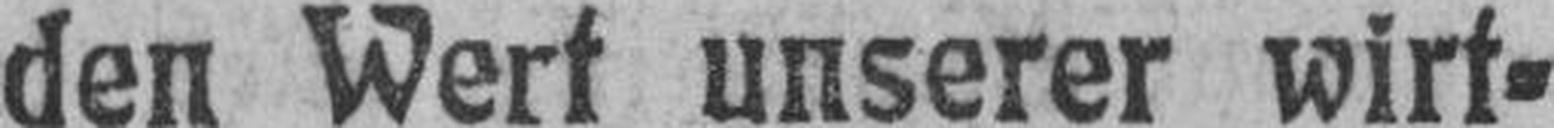
den Wert unserer wirt¬